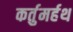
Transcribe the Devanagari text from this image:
कर्तुमर्हथ